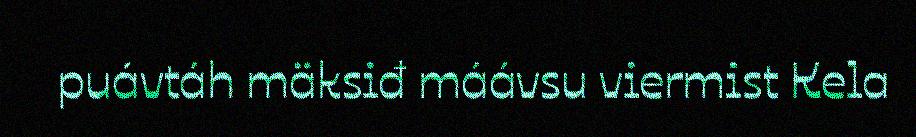
puávtáh mäksiđ máávsu viermist Kela